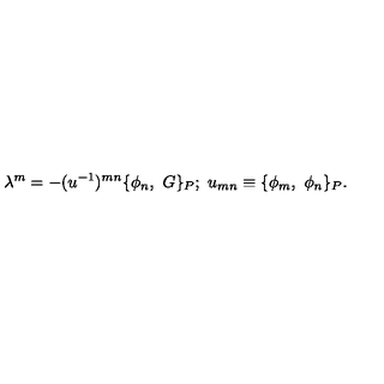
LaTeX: \lambda ^ { m } = - ( u ^ { - 1 } ) ^ { m n } \{ \phi _ { n } , \ G \} _ { P } ; \ u _ { m n } \equiv \{ \phi _ { m } , \ \phi _ { n } \} _ { P } .